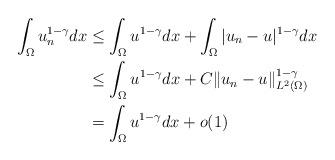
LaTeX: \begin{align*} \int_{\Omega}u_n^{1-\gamma}dx&\leq\int_{\Omega}u^{1-\gamma}dx+\int_{\Omega}|u_n-u|^{1-\gamma}dx\\ &\leq\int_{\Omega}u^{1-\gamma}dx+C\|u_n-u\|_{L^2(\Omega)}^{1-\gamma}\\ &=\int_{\Omega}u^{1-\gamma}dx +o(1) \end{align*}